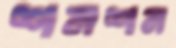
শনশন